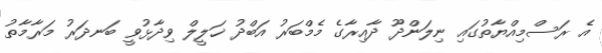
އެ ރަސްމިއްޔާތުގައި ނިލަންދޫ ދާއިރާގެ މެމްބަރު އަބްދު ޚަލީލް ވިދާޅުވީ ބަނދަރު މަރާމާތު